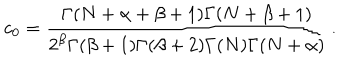
LaTeX: c _ { 0 } = { \frac { \Gamma ( N + \alpha + \beta + 1 ) \Gamma ( N + \beta + 1 ) } { 2 ^ { \beta } \Gamma ( \beta + 1 ) \Gamma ( \beta + 2 ) \Gamma ( N ) \Gamma ( N + \alpha ) } } \, .